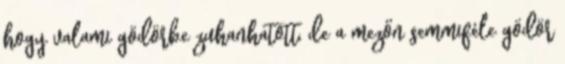
hogy valami gödörbe zuhanhatott, de a mezőn semmiféle gödör